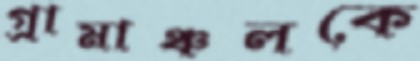
গ্রামাঞ্চলকে